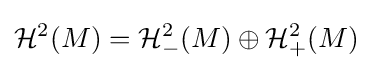
{\mathcal {H}}^{2}(M)={\mathcal {H}}_{-}^{2}(M)\oplus {\mathcal {H}}_{+}^{2}(M)